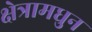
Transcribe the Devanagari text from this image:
क्षेत्रामधुन